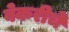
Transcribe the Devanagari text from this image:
बेकरीचे